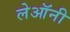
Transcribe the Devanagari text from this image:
लेऑनी